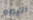
اليوم